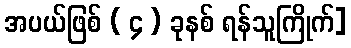
အပယ်ဖြစ် ( ၄ ) ခုနစ် ရန်သူကြိုက်]